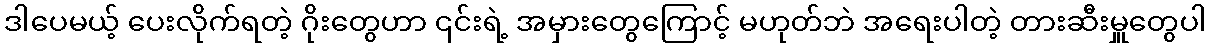
ဒါပေမယ့် ပေးလိုက်ရတဲ့ ဂိုးတွေဟာ ၎င်းရဲ့ အမှားတွေကြောင့် မဟုတ်ဘဲ အရေးပါတဲ့ တားဆီးမှူတွေပါ